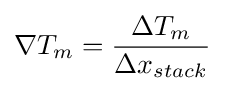
\nabla T_{m}={\frac {\Delta T_{m}}{\Delta x_{stack}}}